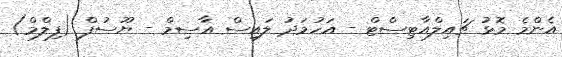
އެންމެ މޮޅު ޗައިލްއާޓިސްޓް - އަހުމަދު ލައިސް އާސިމް - ޔޫސުފް (ފިލްމް)